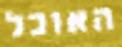
האוכל